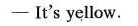
-It's yellow.